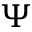
\Psi